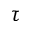
\tau